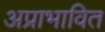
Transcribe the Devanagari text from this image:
अप्राभावित